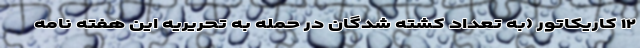
۱۲ کاریکاتور (به تعداد کشته شدگان در حمله به تحریریه این هفته نامه